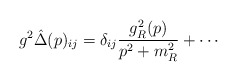
\begin{align*}g^2\hat{\Delta}(p)_{ij} = \delta_{ij} \frac{g_R^2(p)}{p^2 + m_R^2} + \cdots\end{align*}